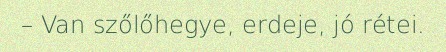
– Van szőlőhegye, erdeje, jó rétei.